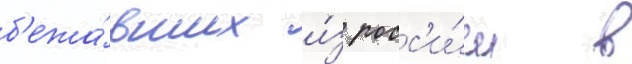
б'ежа́вших и́з росс'и́и в